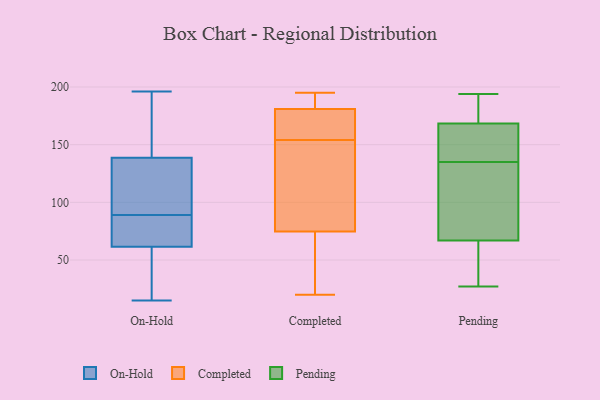
{"axis": {"x": "Active Users", "y": "Value"}, "legend": ["Completed", "On-Hold", "Pending"], "data": [{"x": "", "y": 159, "type": "On-Hold"}, {"x": "", "y": 179, "type": "On-Hold"}, {"x": "", "y": 95, "type": "On-Hold"}, {"x": "", "y": 63, "type": "On-Hold"}, {"x": "", "y": 67, "type": "On-Hold"}, {"x": "", "y": 175, "type": "On-Hold"}, {"x": "", "y": 132, "type": "On-Hold"}, {"x": "", "y": 67, "type": "On-Hold"}, {"x": "", "y": 89, "type": "On-Hold"}, {"x": "", "y": 15, "type": "On-Hold"}, {"x": "", "y": 28, "type": "On-Hold"}, {"x": "", "y": 196, "type": "On-Hold"}, {"x": "", "y": 88, "type": "On-Hold"}, {"x": "", "y": 55, "type": "On-Hold"}, {"x": "", "y": 99, "type": "On-Hold"}, {"x": "", "y": 118, "type": "On-Hold"}, {"x": "", "y": 57, "type": "On-Hold"}, {"x": "", "y": 24, "type": "Completed"}, {"x": "", "y": 173, "type": "Completed"}, {"x": "", "y": 154, "type": "Completed"}, {"x": "", "y": 79, "type": "Completed"}, {"x": "", "y": 150, "type": "Completed"}, {"x": "", "y": 20, "type": "Completed"}, {"x": "", "y": 163, "type": "Completed"}, {"x": "", "y": 195, "type": "Completed"}, {"x": "", "y": 181, "type": "Completed"}, {"x": "", "y": 192, "type": "Completed"}, {"x": "", "y": 183, "type": "Completed"}, {"x": "", "y": 181, "type": "Completed"}, {"x": "", "y": 157, "type": "Completed"}, {"x": "", "y": 26, "type": "Completed"}, {"x": "", "y": 103, "type": "Completed"}, {"x": "", "y": 125, "type": "Completed"}, {"x": "", "y": 62, "type": "Completed"}, {"x": "", "y": 68, "type": "Pending"}, {"x": "", "y": 178, "type": "Pending"}, {"x": "", "y": 27, "type": "Pending"}, {"x": "", "y": 190, "type": "Pending"}, {"x": "", "y": 117, "type": "Pending"}, {"x": "", "y": 180, "type": "Pending"}, {"x": "", "y": 34, "type": "Pending"}, {"x": "", "y": 194, "type": "Pending"}, {"x": "", "y": 55, "type": "Pending"}, {"x": "", "y": 129, "type": "Pending"}, {"x": "", "y": 81, "type": "Pending"}, {"x": "", "y": 137, "type": "Pending"}, {"x": "", "y": 161, "type": "Pending"}, {"x": "", "y": 64, "type": "Pending"}, {"x": "", "y": 159, "type": "Pending"}, {"x": "", "y": 165, "type": "Pending"}, {"x": "", "y": 135, "type": "Pending"}]}